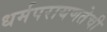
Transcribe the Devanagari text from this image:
धर्मपरायणतेची